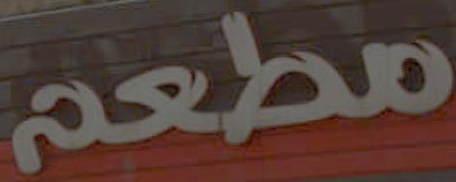
مطعم